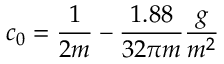
c _ { 0 } = \frac { 1 } { 2 m } - \frac { 1 . 8 8 } { 3 2 \pi m } \frac { g } { m ^ { 2 } }